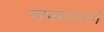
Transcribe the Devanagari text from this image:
सफरमार्ग